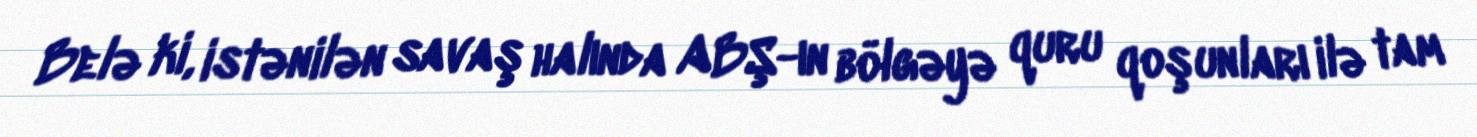
Belə ki, istənilən savaş halında ABŞ-ın bölgəyə quru qoşunları ilə tam